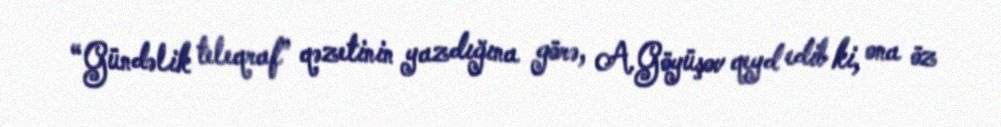
“Gündəlik teleqraf” qəzetinin yazdığına görə, A.Göyüşov qeyd edib ki, ona öz